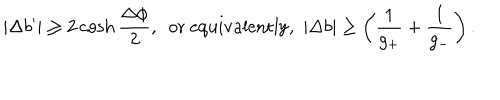
LaTeX: | \Delta b ^ { \prime } | \ge 2 \cosh { \frac { \Delta \phi } { 2 } } , ~ ~ \mathrm { o r ~ e q u i v a l e n t l y , } ~ ~ | \Delta b | \ge \left( \frac { 1 } { g _ { + } } + \frac { 1 } { g _ { - } } \right) .